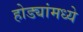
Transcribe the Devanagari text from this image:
होड्यांमध्ये